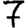
Digit: 7